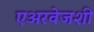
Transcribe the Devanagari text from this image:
एअरवेजशी